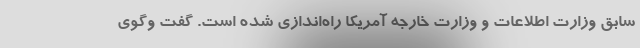
سابق وزارت اطلاعات و وزارت خارجه آمریکا راه‌اندازی شده است. گفت وگوی